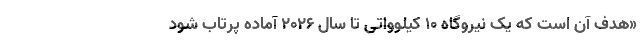
«هدف آن است که یک نیروگاه ۱۰ کیلوواتی تا سال ۲۰۲۶ آماده پرتاب شود